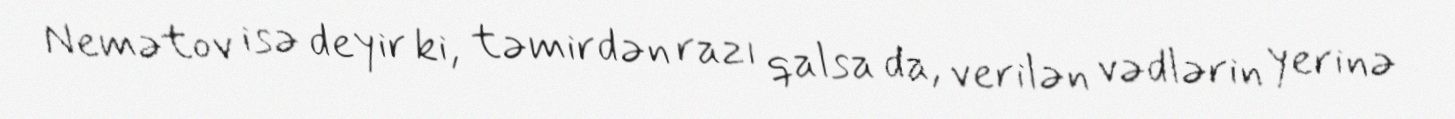
Nemətov isə deyir ki, təmirdən razı qalsa da, verilən vədlərin yerinə